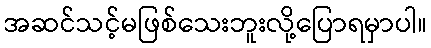
အဆင်သင့်မဖြစ်သေးဘူးလို့ပြောရမှာပါ။